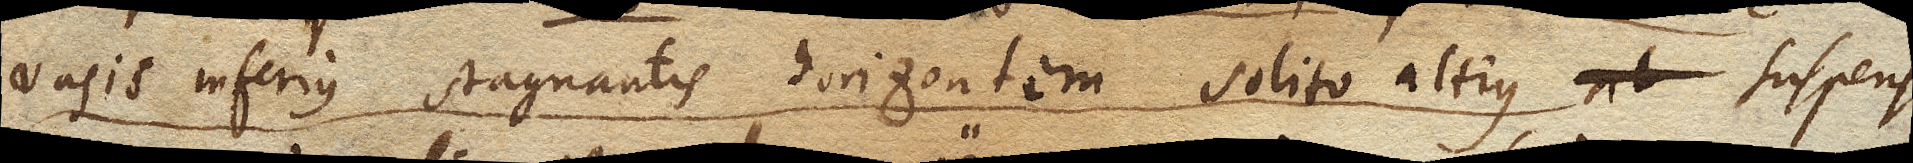
vasis inferius stagnantis horizontem solito altius suspensi